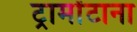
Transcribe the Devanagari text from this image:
ट्रामोंटाना